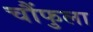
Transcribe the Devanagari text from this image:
चौंफुला